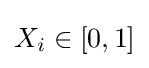
X_{i}\in [0,1]